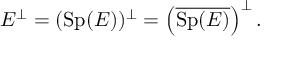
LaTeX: E ^ { \perp } = ( \operatorname { S p } ( E ) ) ^ { \perp } = \left( { \overline { { \operatorname { S p } ( E ) } } } \right) ^ { \perp } .